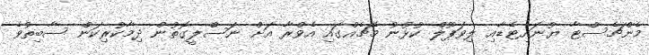
މެންޗެސްޓާ ޔުނައިޓެޑާއި ލިވަޕޫލް ކުޅުނު މެޗެއްގައި އެވްރާ އަށް ނަސްލީގޮތުން ދިމާކުރިކަން ސާބިތުވެ